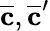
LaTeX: \overline{{\mathbf{c}}},\overline{{\mathbf{c}}}^{\prime}